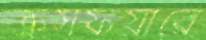
ক্রসফয়ারে